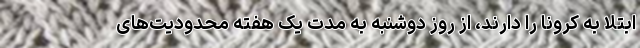
ابتلا به کرونا را دارند، از روز دوشنبه به مدت یک هفته محدودیت‌های